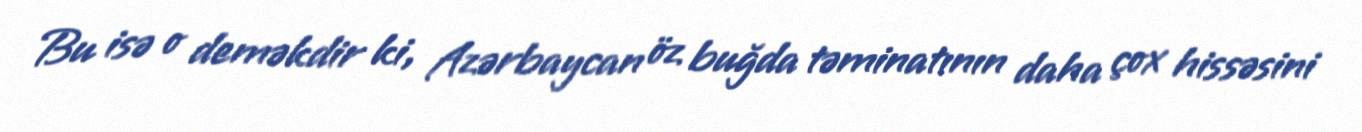
Bu isə o deməkdir ki, Azərbaycan öz buğda təminatının daha çox hissəsini